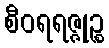
စီဝရရဇ္ဇုဉ္စ